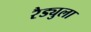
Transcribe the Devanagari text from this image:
रैड्युला